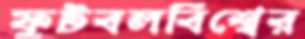
ফুটবলবিশ্বের